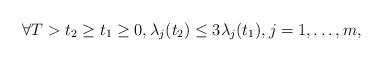
\begin{align*}\forall T>t_{2}\geq t_{1}\geq 0, \lambda_{j}(t_{2})\leq 3\lambda_{j}(t_{1}), j=1,\dots, m,\end{align*}